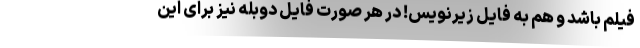
فیلم باشد و هم به فایل زیرنویس! در هر صورت فایل دوبله نیز برای این